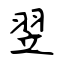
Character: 翌